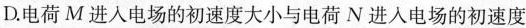
D.电荷M进入电场的初速度大小与电荷N进入电场的初速度